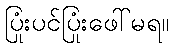
ပြုံးပင်ပြုံးဖေါ်မရ။